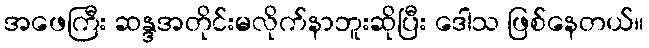
အဖေကြီး ဆန္ဒအတိုင်းမလိုက်နာဘူးဆိုပြီး ဒေါသ ဖြစ်နေတယ်။